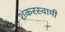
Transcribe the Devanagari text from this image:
शंकरस्वामी